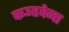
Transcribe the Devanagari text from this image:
कञ्हवेना